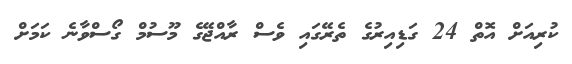
ކުރިއަށް އޮތް 24 ގަޑިއިރުގެ ތެރޭގައި ވެސް ރާއްޖޭގެ މޫސުމް ގޯސްވާނެ ކަމަށް